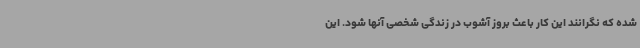
شده که نگرانند این کار باعث بروز آشوب در زندگی شخصی آنها شود. این